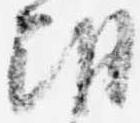
朝